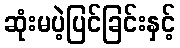
ဆုံးမပဲ့ပြင်ခြင်းနှင့်